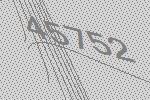
45752